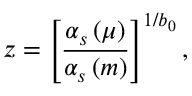
z = \left[ { \frac { \alpha _ { s } \left( \mu \right) } { \alpha _ { s } \left( m \right) } } \right] ^ { 1 / b _ { 0 } } ,